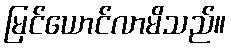
မြင်ယောင်လာမိသည်။